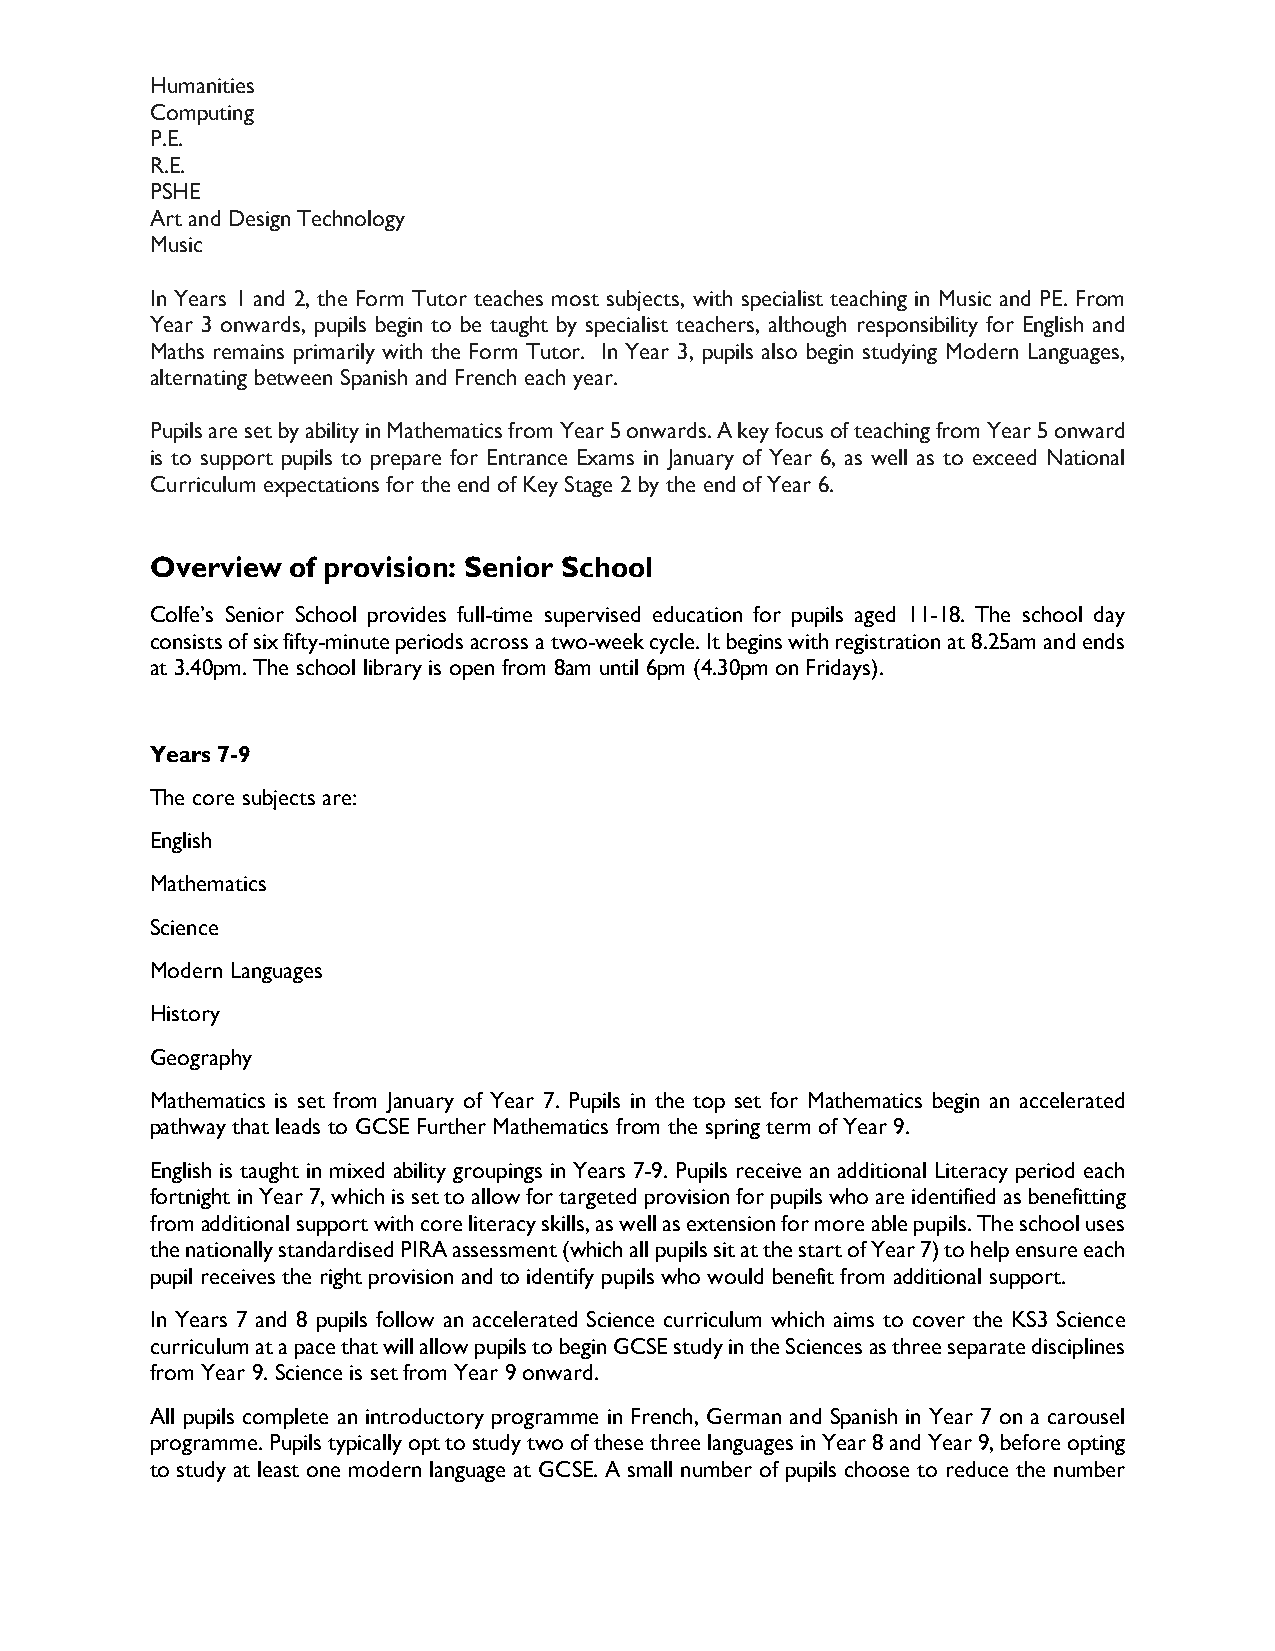
Humanities
 Computing
 P.E.
 R.E.
 PSHE
 Art and Design Technology
 Music
 In Years 1 and 2, the Form Tutor teaches most subjects, with specialist teaching in Music and PE. From
 Year 3 onwards, pupils begin to be taught by specialist teachers, although responsibility for English and
 Maths remains primarily with the Form Tutor. In Year 3, pupils also begin studying Modern Languages,
 alternating between Spanish and French each year.
 Pupils are set by ability in Mathematics from Year 5 onwards. A key focus of teaching from Year 5 onward
 is to support pupils to prepare for Entrance Exams in January of Year 6, as well as to exceed National
 Curriculum expectations for the end of Key Stage 2 by the end of Year 6.
 Overview of provision: Senior School
 Colfe’s Senior School provides full-time supervised education for pupils aged 11-18. The school day
 consists of six fifty-minute periods across a two-week cycle. It begins with registration at 8.25am and ends
 at 3.40pm. The school library is open from 8am until 6pm (4.30pm on Fridays).
 Years 7-9
 The core subjects are:
 English
 Mathematics
 Science
 Modern Languages
 History
 Geography
 Mathematics is set from January of Year 7. Pupils in the top set for Mathematics begin an accelerated
 pathway that leads to GCSE Further Mathematics from the spring term of Year 9.
 English is taught in mixed ability groupings in Years 7-9. Pupils receive an additional Literacy period each
 fortnight in Year 7, which is set to allow for targeted provision for pupils who are identified as benefitting
 from additional support with core literacy skills, as well as extension for more able pupils. The school uses
 the nationally standardised PIRA assessment (which all pupils sit at the start of Year 7) to help ensure each
 pupil receives the right provision and to identify pupils who would benefit from additional support.
 In Years 7 and 8 pupils follow an accelerated Science curriculum which aims to cover the KS3 Science
 curriculum at a pace that will allow pupils to begin GCSE study in the Sciences as three separate disciplines
 from Year 9. Science is set from Year 9 onward.
 All pupils complete an introductory programme in French, German and Spanish in Year 7 on a carousel
 programme. Pupils typically opt to study two of these three languages in Year 8 and Year 9, before opting
 to study at least one modern language at GCSE. A small number of pupils choose to reduce the number